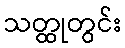
သတ္ထုတွင်း